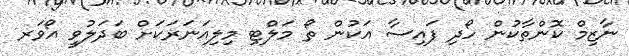
ނާޒިމް ކޮންތާކުން ހޯދި ފައިސާ އަކުން ތޯ މަލްޓި މިލިއަނަރަކަށް ބަދަލުވީ އޯވަރ